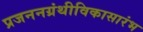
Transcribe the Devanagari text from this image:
प्रजननग्रंथीविकासारंभ